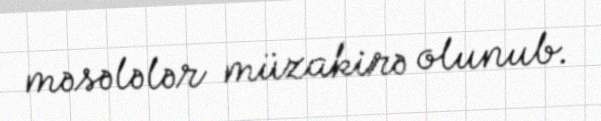
məsələlər müzakirə olunub.